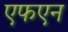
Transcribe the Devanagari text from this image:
एफएन